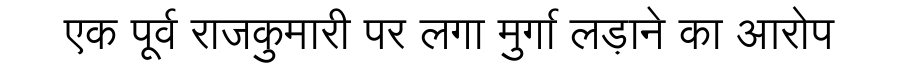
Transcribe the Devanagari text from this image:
एक पूर्व राजकुमारी पर लगा मुर्गा लड़ाने का आरोप